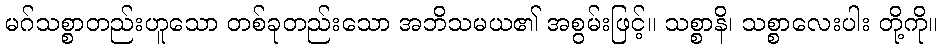
မဂ်သစ္စာတည်းဟူသော တစ်ခုတည်းသော အဘိသမယ၏ အစွမ်းဖြင့်။ သစ္စာနိ၊ သစ္စာလေးပါး တို့ကို။